Vaccination in Bombay 1924-1928 - 1924-1928
Year: 1924
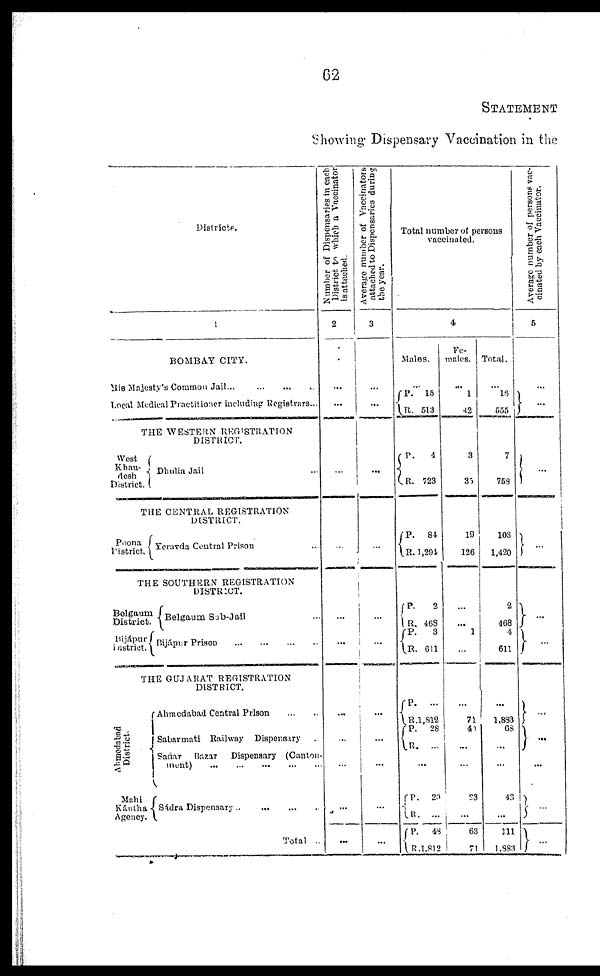
62
STATEMENT
Showing Dispensary Vaccination in the
District.
1
BOMBAY CITY.
His Majesty's Common Jail ... ... ... ...
Local Medical Practitioner including Registrars...
THE WESTERN REGISTRATION
DISTRICT.
West
Khan¬
desh
District.
Dhulia Jail ...
THE CENTRAL REGISTRATION
DISTRICT.
Poona
District.
Yeravda Central Prison ...
THE SOUTHERN REGISTRATION
DISTRICT.
Belgaun.
District
Bijápur
District.
Belgaum Sub-Jail ...
Bijápur Prison
...
...
...
...
THE GUJARAT REGISTRATION
DISTRICT.
Ahmedabad
District.
Mahi
Kántha
Agency.
Ahmedabad Central Prison
...
Sabarmati Railway
Dispensary ...
Sadar
Bazar
Dispensary (Canton¬
ment)
...
...
...
...
...
Sádra Dispensary
...
...
...
Total ...
Number of Dispensaries in each
District to which a Vaccinator
is attached.
2
...
...
...
...
...
...
...
...
Average number of Vacciniators
attached to Dispensaries during
the year.
3
...
...
...
...
...
...
...
...
...
...
...
Total number of persons
vaccinated.
4
Males.
...
P.
R.
P.
R.
P.
R.
P.
R.
P.
R.
P.
R.
P.
R.
15
513
4
723
84
1,291
2
468
3
611
...
1,812
28
...
...
P.
R.
P.
R.
20
...
48
1,812
Fe¬
males.
...
1
42
3
35
19
126
...
...
1
...
...
71
40
...
...
23
...
63
71
Total.
...
16
555
7
768
103
1,420
2
468
4
611
...
1,883
68
...
...
43
...
111
1,883
Average number of persons vac-
cinated by each Vaccinator.
5
...
...
...
...
...
...
...
...
...
...
...